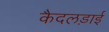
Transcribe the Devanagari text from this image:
कैदलड़ाई